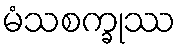
မံသစက္ခုဿ